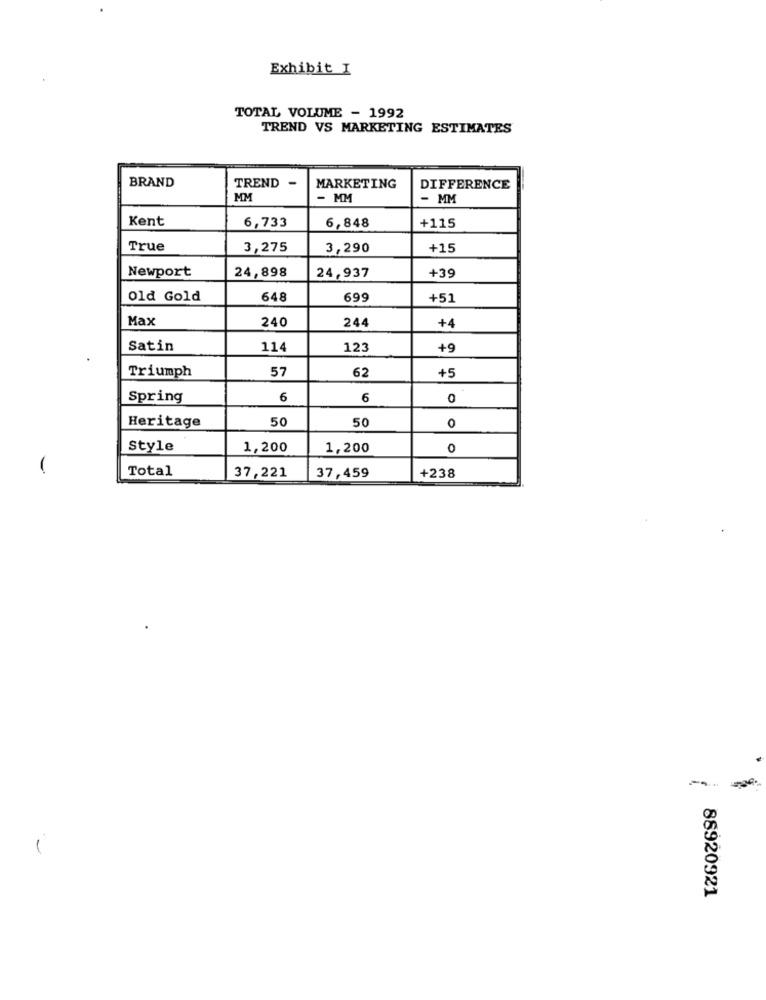
Exhibit I
TOTAL VOLUME - 1992
TREND VS MARKETING ESTIMATES
BRAND
TREND -
MARKETING
DIFFERENCE
MM
- MM
- MM
Kent
6,733
6,848
+115
True
3,275
3,290
+15
Newport
24,898
24,937
+39
Old Gold
648
699
+51
Max
240
244
+4
Satin
114
123
+9
Triumph
57
62
+5
Spring
6
6
0
50
50
Heritage
0
Style
1,200
1,200
0
Total
37,221
37,459
+238
88920921